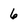
Character: 6